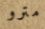
مترو